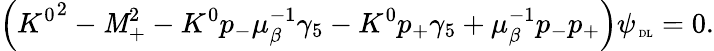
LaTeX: \left({K^{0}}^{2}-\mathit{M}_{+}^{2}-K^{0}p_{-}\mu_{\beta}^{-1}\gamma_{5}-K^{0}p_{+}\gamma_{5}+\mu_{\beta}^{-1}p_{-}p_{+}\right)\psi_{{\mathrm{{\tiny~DL}}}}=0.